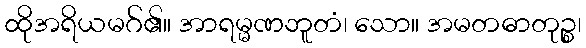
ထိုအရိယမဂ်၏။ အာရမ္မဏဘူတံ၊ သော။ အမတဓာတုဉ္စ၊